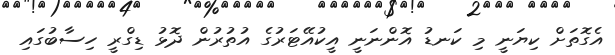
އެގޮތަށް ކިޔަނީ މި ކަނޑު އޮންނަނީ އީކުއޭޓަރުގެ އުތުރުން ދޮޅު ޑިގްރީ ހިސާބުގައި